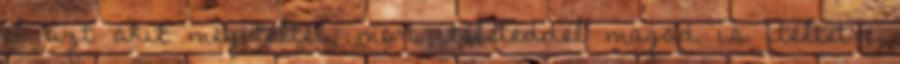
el azt akit megítéltél, mert ítéleteddel magad is ítéltetve